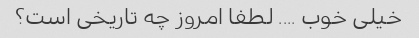
خیلی خوب .... لطفا امروز چه تاریخی است؟